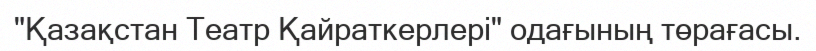
"Қазақстан Театр Қайраткерлері" одағының төрағасы.